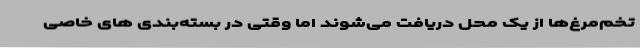
تخم‌مرغ‌ها از یک محل دریافت می‌شوند اما وقتی در بسته‌بندی های خاصی